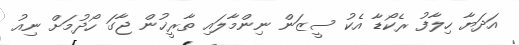
އަދަޔާ ހިލާފު ރެކޯޑާ އެކު ސީޒަން ނިންމާލައި ތާރީޚުން ޖާގަ ހޯދުމަށް ނިއު